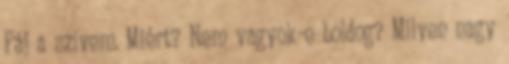
Fáj a szívem. Miért? Nem vagyok-e boldog? Milyen nagy